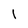
Character: l